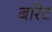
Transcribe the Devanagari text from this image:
बारेट